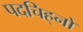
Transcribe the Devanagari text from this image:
पदचिह्‌नों